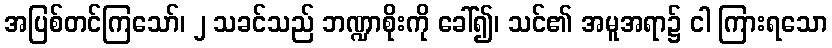
အပြစ်တင်ကြသော်၊ ၂ သခင်သည် ဘဏ္ဍာစိုးကို ခေါ်၍၊ သင်၏ အမူအရာ၌ ငါ ကြားရသော